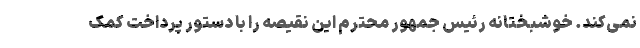
نمی‌کند. خوشبختانه رئیس جمهور محترم این نقیصه را با دستور پرداخت کمک